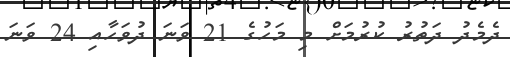
ދެމެދު ދަތުރު ކުރުމަށް މި މަހުގެ 21 ވަނަ ދުވަހާއި 24 ވަނަ